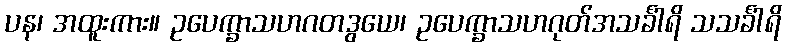
ပန၊ အထူးကား။ ဥပေက္ခာသဟဂတဒွယေ၊ ဥပေက္ခာသဟဂုတ်အသင်္ခါရိ သသင်္ခါရိ